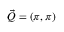
\vec { Q } = ( \pi , \pi )